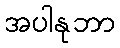
အပါနုဘာ